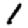
Digit: 1